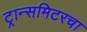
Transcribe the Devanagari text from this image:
ट्रान्समिटरचा